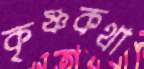
কৃষ্ণকথা